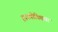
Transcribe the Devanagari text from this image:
हायपोक्सिया